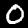
Label: 0